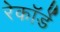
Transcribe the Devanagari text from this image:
रेकॉर्डे